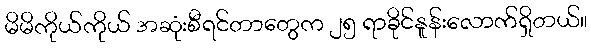
မိမိကိုယ်ကိုယ် အဆုံးစီရင်တာတွေက ၂၅ ရာခိုင်နူန်းလောက်ရှိတယ်။